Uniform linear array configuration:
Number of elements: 48
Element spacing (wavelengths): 0.75
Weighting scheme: uniform
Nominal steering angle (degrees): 0
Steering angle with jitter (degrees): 0.1469
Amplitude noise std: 0.05
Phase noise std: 0.05

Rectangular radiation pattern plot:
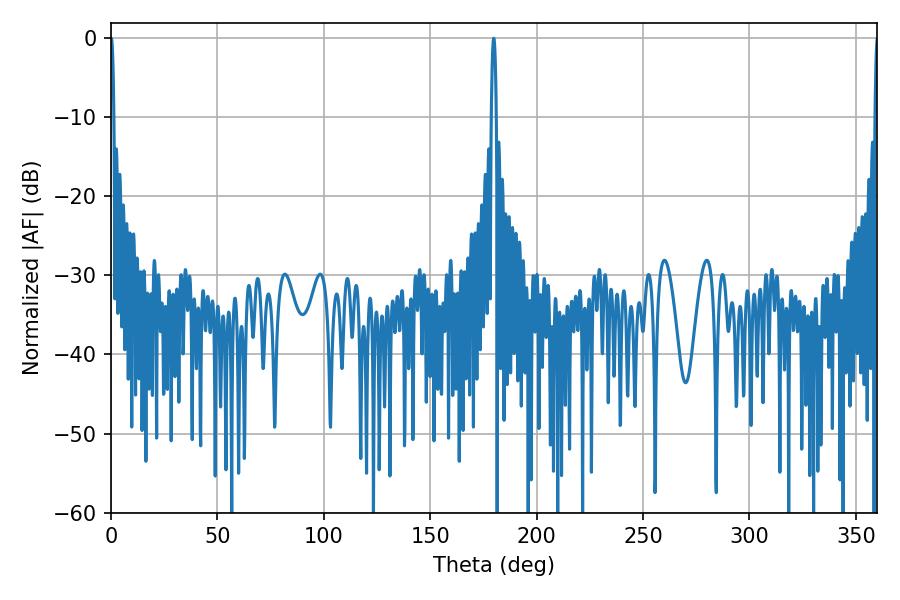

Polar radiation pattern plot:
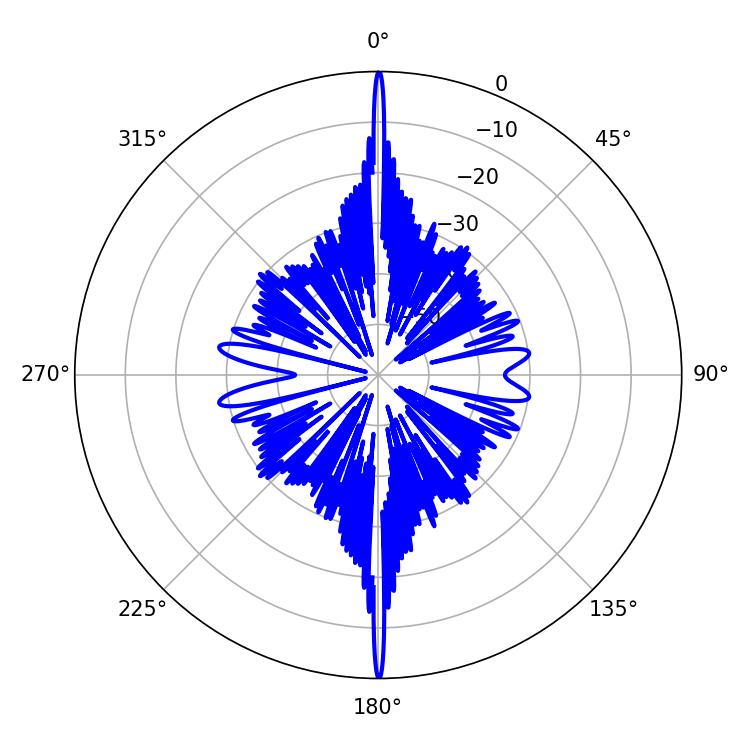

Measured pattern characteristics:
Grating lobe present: TRUE
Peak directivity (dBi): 45.591
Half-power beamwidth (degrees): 0.72
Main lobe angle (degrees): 0.18